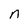
Character: n